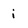
Character: i